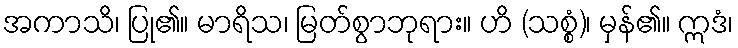
အကာသိ၊ ပြု၏။ မာရိသ၊ မြတ်စွာဘုရား။ ဟိ (သစ္စံ)၊ မှန်၏။ ဣဒံ၊